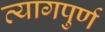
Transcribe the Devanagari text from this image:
त्यागपुर्ण